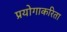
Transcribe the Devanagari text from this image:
प्रयोगाकरिता